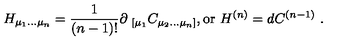
H _ { \mu _ { 1 } . . . \mu _ { n } } = { \frac { 1 } { ( n - 1 ) ! } } \partial _ { \ [ \mu _ { 1 } } C _ { \mu _ { 2 } . . . \mu _ { n } ] } , \mathrm { o r } \ H ^ { ( n ) } = d C ^ { ( n - 1 ) } \ .